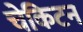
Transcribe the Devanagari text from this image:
चेकिटन